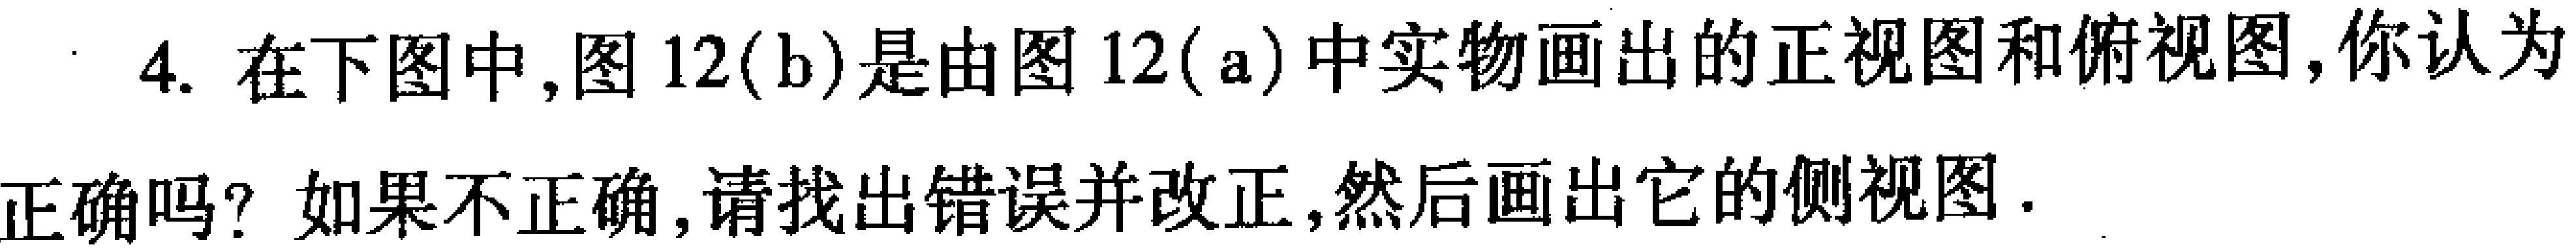
4. 在下图中,图12(b)是由图12(a)中实物画出的正视图和俯视图,你认为
正确吗? 如果不正确,请找出错误并改正,然后画出它的侧视图.